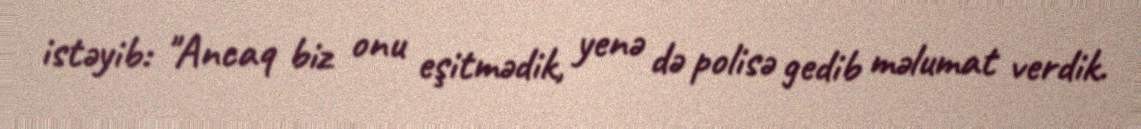
istəyib: "Ancaq biz onu eşitmədik, yenə də polisə gedib məlumat verdik.